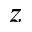
z